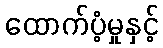
ထောက်ပံ့မှုနှင့်